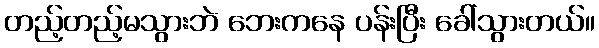
တည့်တည့်မသွားဘဲ ဘေးကနေ ပန်းပြီး ခေါ်သွားတယ်။